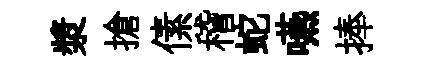
漿搶傃稽蛇嚥捧